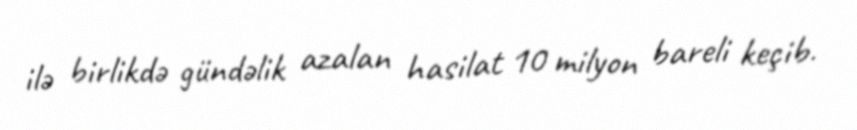
ilə birlikdə gündəlik azalan hasilat 10 milyon bareli keçib.